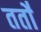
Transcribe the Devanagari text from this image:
ततो॑